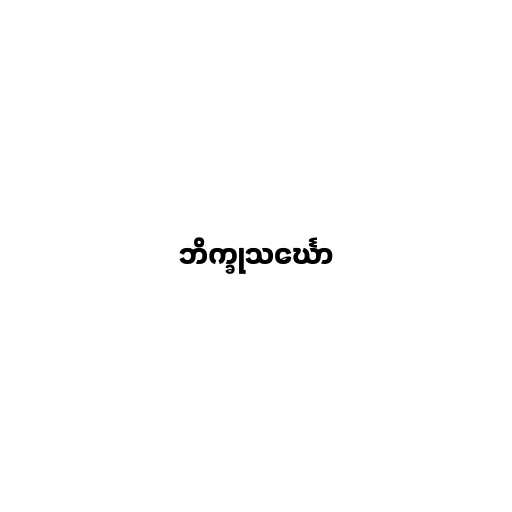
ဘိက္ခုသင်္ဃော